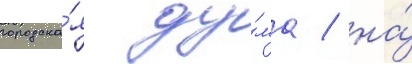
городска́я ду́ма / на́